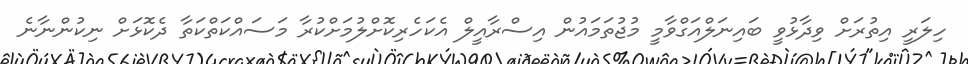
ހިލަރީ އިތުރަށް ވިދާޅުވީ ބައިނަލްއަގްވާމީ މުޖުތަމައުން އިސްރާއީލް އެކަހެރިކޮށްލުމަށްކުރާ މަސައްކަތްކަތާ ދެކޮޅަށް ނިކުންނާނެ